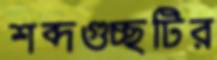
শব্দগুচ্ছটির